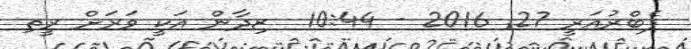
ފެބްރުއަރީ 27